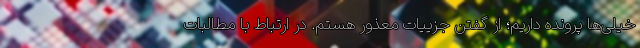
خیلی‌ها پرونده داریم؛ از گفتن جزییات معذور هستم. در ارتباط با مطالبات